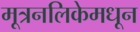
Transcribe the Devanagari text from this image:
मूत्रनलिकेमधून